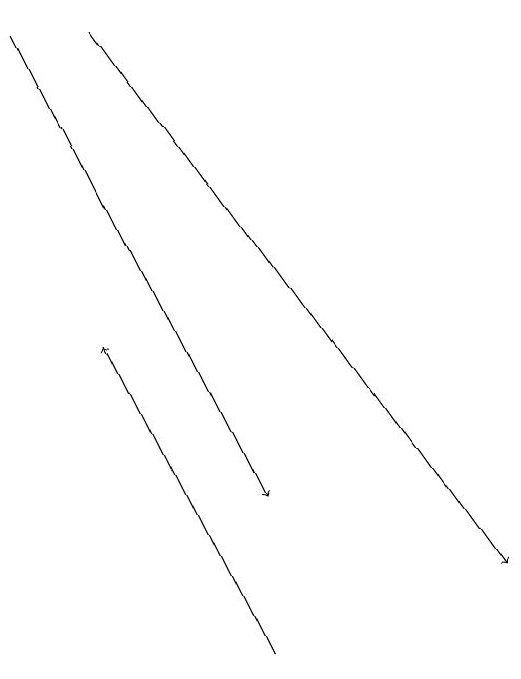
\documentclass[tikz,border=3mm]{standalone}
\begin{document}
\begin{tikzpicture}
\draw[->] (4,18) -- (9,11);
\draw[->] (6,10) -- (4,14);
\draw[->] (3,18) -- (6,12);
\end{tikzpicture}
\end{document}